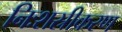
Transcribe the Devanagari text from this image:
निःशस्रीकरण